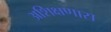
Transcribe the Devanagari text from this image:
अशिक्षणास